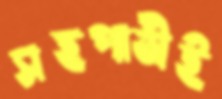
সহপাঠীই